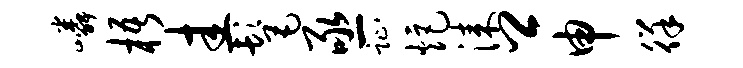
嶙梧圭髦亟趾炬漆卿申徉